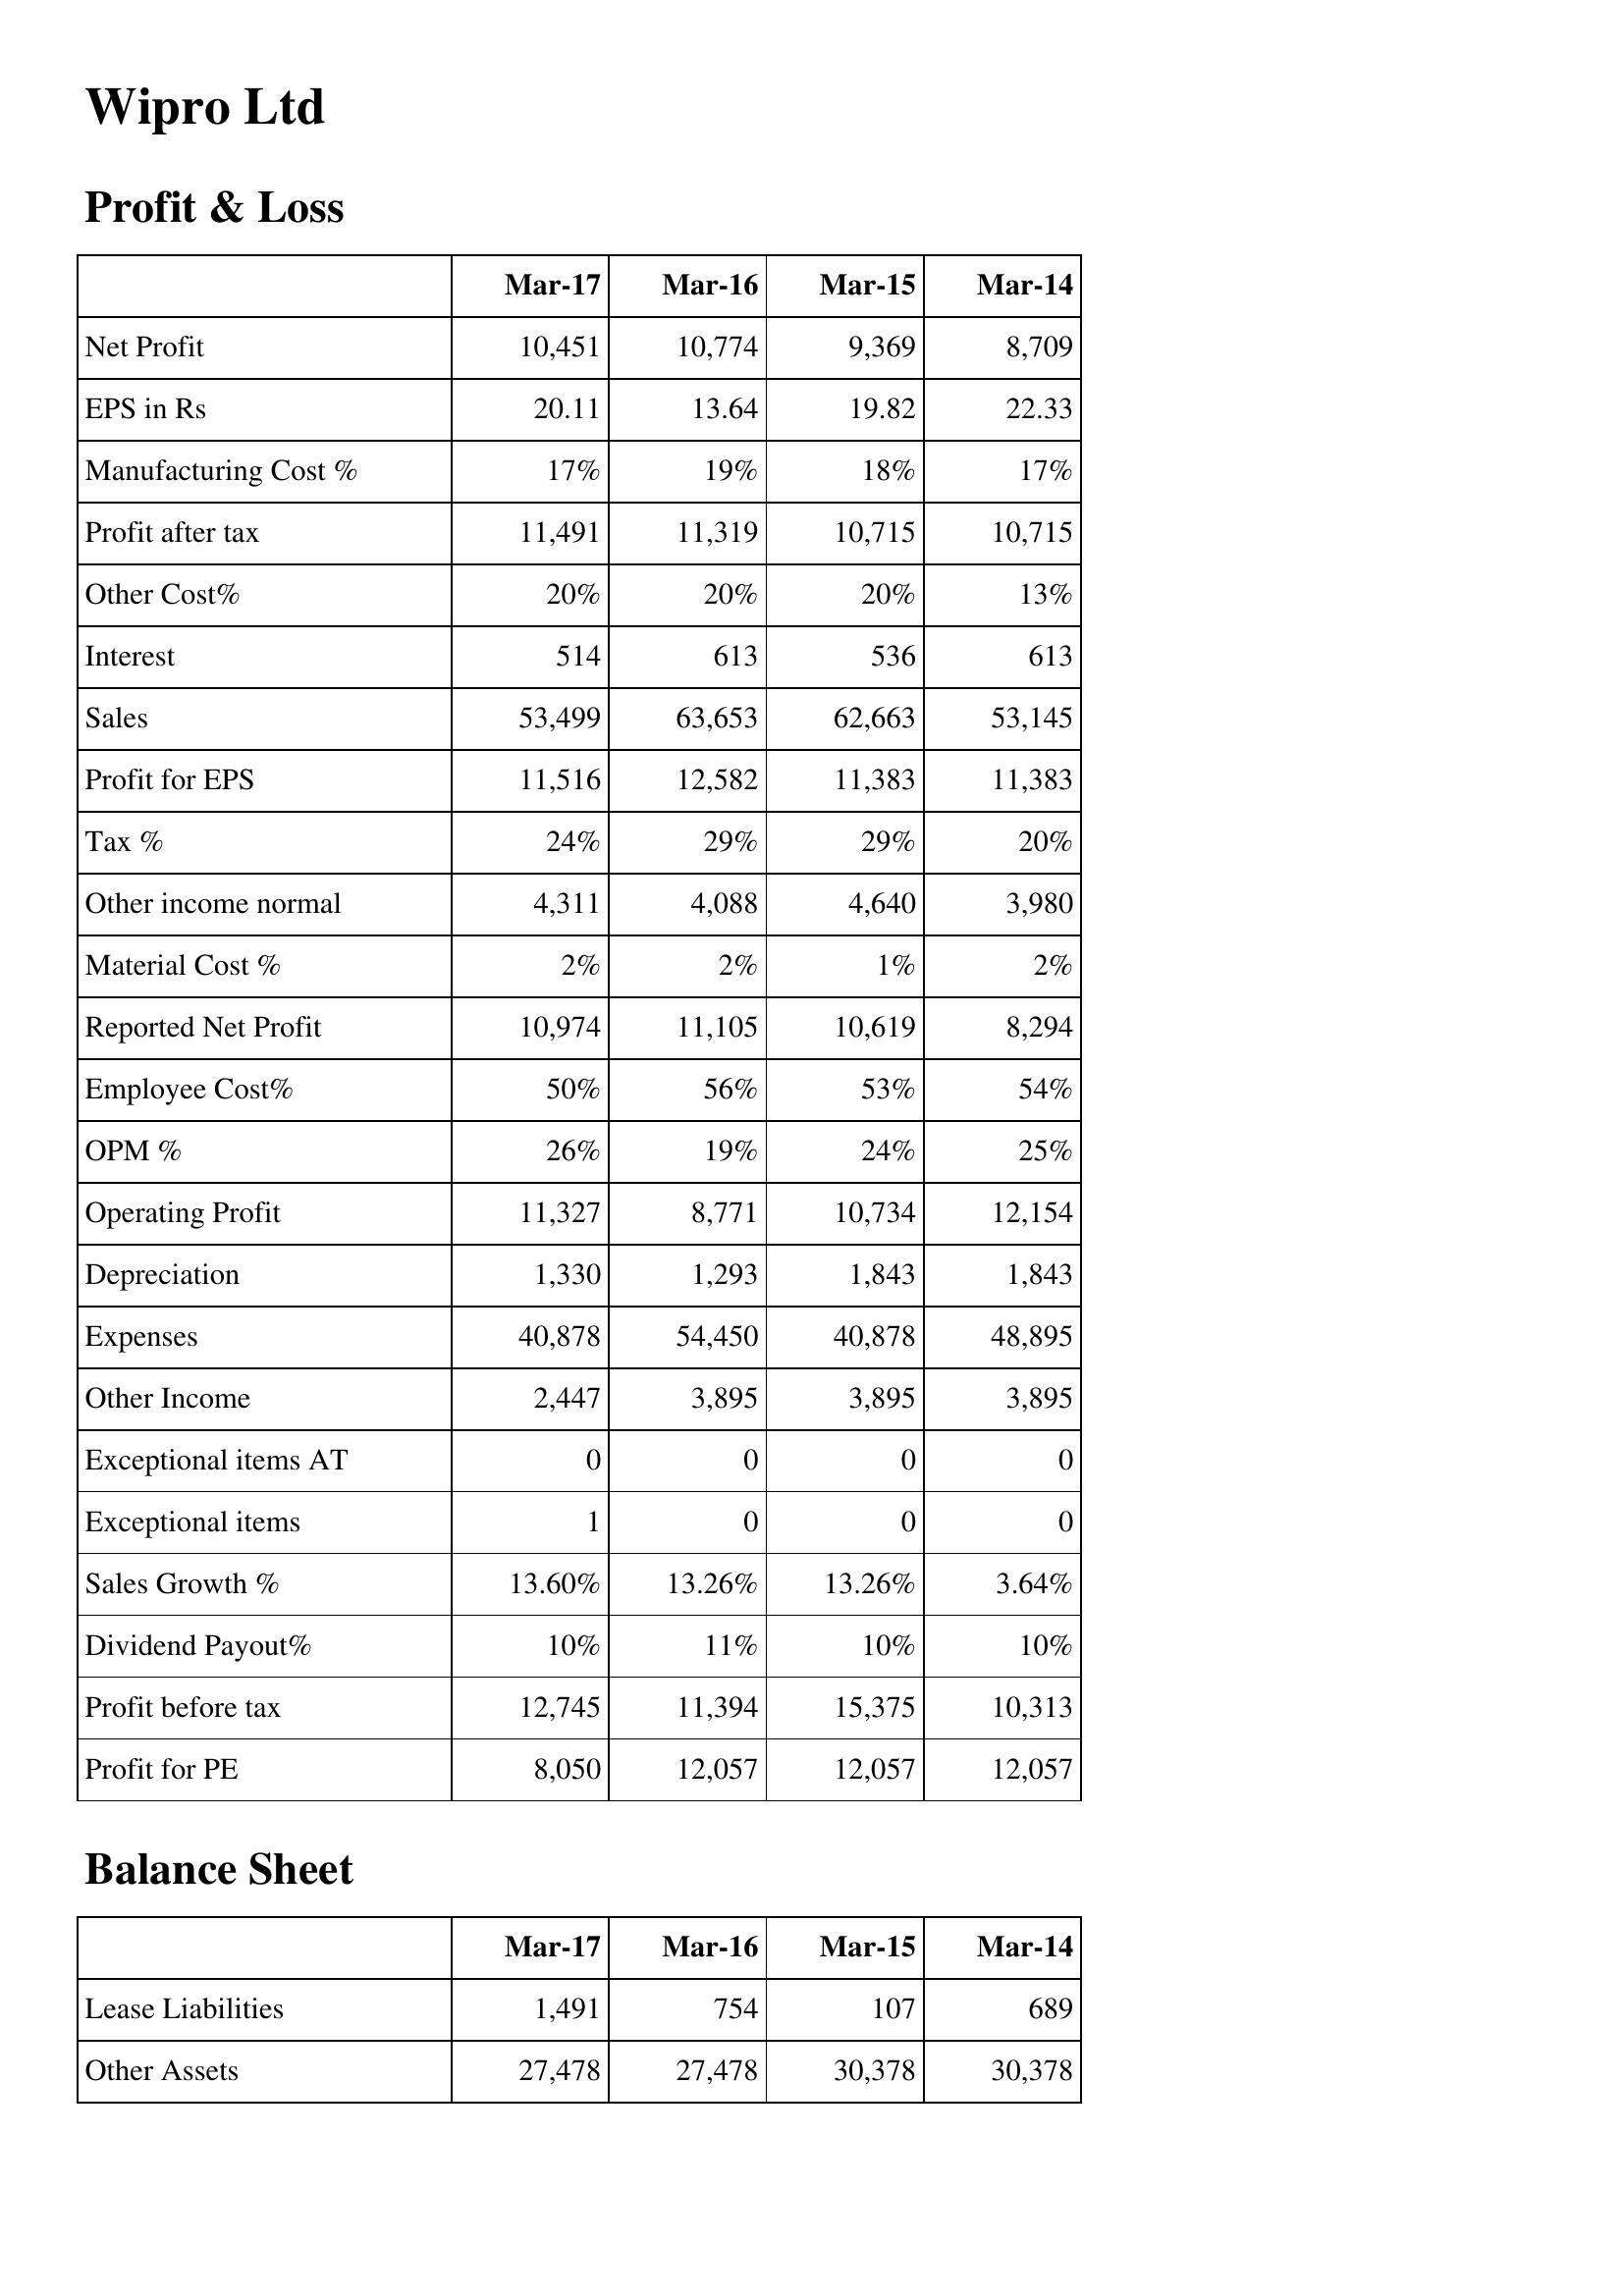
Mar-17: Profit & Loss: Net Profit: 10,451
EPS in Rs: 20.11
Manufacturing Cost %: 17%
Profit after tax: 11,491
Other Cost%: 20%
Interest: 514
Sales: 53,499
Profit for EPS: 11,516
Tax %: 24%
Other income normal: 4,311
Material Cost %: 2%
Reported Net Profit: 10,974
Employee Cost%: 50%
OPM %: 26%
Operating Profit: 11,327
Depreciation: 1,330
Expenses: 40,878
Other Income: 2,447
Exceptional items AT: 0
Exceptional items: 1
Sales Growth %: 13.60%
Dividend Payout%: 10%
Profit before tax: 12,745
Profit for PE: 8,050
Balance Sheet: Lease Liabilities: 1,491
Other Assets: 27,478
Mar-16: Profit & Loss: Net Profit: 10,774
EPS in Rs: 13.64
Manufacturing Cost %: 19%
Profit after tax: 11,319
Other Cost%: 20%
Interest: 613
Sales: 63,653
Profit for EPS: 12,582
Tax %: 29%
Other income normal: 4,088
Material Cost %: 2%
Reported Net Profit: 11,105
Employee Cost%: 56%
OPM %: 19%
Operating Profit: 8,771
Depreciation: 1,293
Expenses: 54,450
Other Income: 3,895
Exceptional items AT: 0
Exceptional items: 0
Sales Growth %: 13.26%
Dividend Payout%: 11%
Profit before tax: 11,394
Profit for PE: 12,057
Balance Sheet: Lease Liabilities: 754
Other Assets: 27,478
Mar-15: Profit & Loss: Net Profit: 9,369
EPS in Rs: 19.82
Manufacturing Cost %: 18%
Profit after tax: 10,715
Other Cost%: 20%
Interest: 536
Sales: 62,663
Profit for EPS: 11,383
Tax %: 29%
Other income normal: 4,640
Material Cost %: 1%
Reported Net Profit: 10,619
Employee Cost%: 53%
OPM %: 24%
Operating Profit: 10,734
Depreciation: 1,843
Expenses: 40,878
Other Income: 3,895
Exceptional items AT: 0
Exceptional items: 0
Sales Growth %: 13.26%
Dividend Payout%: 10%
Profit before tax: 15,375
Profit for PE: 12,057
Balance Sheet: Lease Liabilities: 107
Other Assets: 30,378
Mar-14: Profit & Loss: Net Profit: 8,709
EPS in Rs: 22.33
Manufacturing Cost %: 17%
Profit after tax: 10,715
Other Cost%: 13%
Interest: 613
Sales: 53,145
Profit for EPS: 11,383
Tax %: 20%
Other income normal: 3,980
Material Cost %: 2%
Reported Net Profit: 8,294
Employee Cost%: 54%
OPM %: 25%
Operating Profit: 12,154
Depreciation: 1,843
Expenses: 48,895
Other Income: 3,895
Exceptional items AT: 0
Exceptional items: 0
Sales Growth %: 3.64%
Dividend Payout%: 10%
Profit before tax: 10,313
Profit for PE: 12,057
Balance Sheet: Lease Liabilities: 689
Other Assets: 30,378